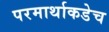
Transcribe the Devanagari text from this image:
परमार्थाकडेच